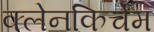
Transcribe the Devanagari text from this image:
क्लेनकिर्चेम